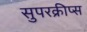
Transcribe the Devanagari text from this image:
सुपरक्रीप्स